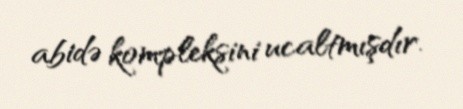
abidə kompleksini ucaltmışdır.